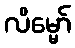
လိမ္မော်